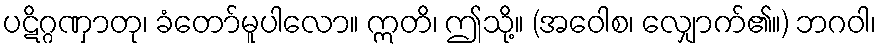
ပဋိဂ္ဂဏှာတု၊ ခံတော်မူပါလော။ ဣတိ၊ ဤသို့။ (အဝေါစ၊ လျှောက်၏။) ဘဂဝါ၊